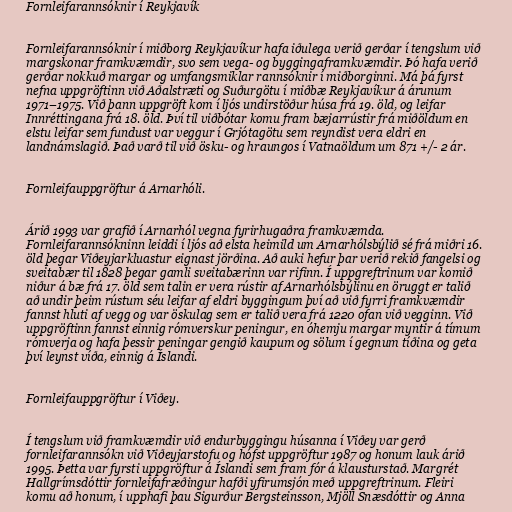
Fornleifarannsóknir í Reykjavík

Fornleifarannsóknir í miðborg Reykjavíkur hafa iðulega verið gerðar í tengslum við
margskonar framkvæmdir, svo sem vega- og byggingaframkvæmdir. Þó hafa verið
gerðar nokkuð margar og umfangsmiklar rannsóknir í miðborginni. Má þá fyrst
nefna uppgröftinn við Aðalstræti og Suðurgötu í miðbæ Reykjavíkur á árunum
1971–1975. Við þann uppgröft kom í ljós undirstöður húsa frá 19. öld, og leifar
Innréttingana frá 18. öld. Því til viðbótar komu fram bæjarrústir frá miðöldum en
elstu leifar sem fundust var veggur í Grjótagötu sem reyndist vera eldri en
landnámslagið. Það varð til við ösku- og hraungos í Vatnaöldum um 871 +/- 2 ár.

Fornleifauppgröftur á Arnarhóli.

Árið 1993 var grafið í Arnarhól vegna fyrirhugaðra framkvæmda.
Fornleifarannsókninn leiddi í ljós að elsta heimild um Arnarhólsbýlið sé frá miðri 16.
öld þegar Viðeyjarkluastur eignast jörðina. Að auki hefur þar verið rekið fangelsi og
sveitabær til 1828 þegar gamli sveitabærinn var rifinn. Í uppgreftrinum var komið
niður á bæ frá 17. öld sem talin er vera rústir af Arnarhólsbýlinu en öruggt er talið
að undir þeim rústum séu leifar af eldri byggingum því að við fyrri framkvæmdir
fannst hluti af vegg og var öskulag sem er talið vera frá 1220 ofan við vegginn. Við
uppgröftinn fannst einnig rómverskur peningur, en óhemju margar myntir á tímum
rómverja og hafa þessir peningar gengið kaupum og sölum í gegnum tíðina og geta
því leynst víða, einnig á Íslandi.

Fornleifauppgröftur í Viðey.

Í tengslum við framkvæmdir við endurbyggingu húsanna í Viðey var gerð
fornleifarannsókn við Viðeyjarstofu og hófst uppgröftur 1987 og honum lauk árið
1995. Þetta var fyrsti uppgröftur á Íslandi sem fram fór á klausturstað. Margrét
Hallgrímsdóttir fornleifafræðingur hafði yfirumsjón með uppgreftrinum. Fleiri
komu að honum, í upphafi þau Sigurður Bergsteinsson, Mjöll Snæsdóttir og Anna